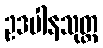
ဥဒပါနသုတ္တ